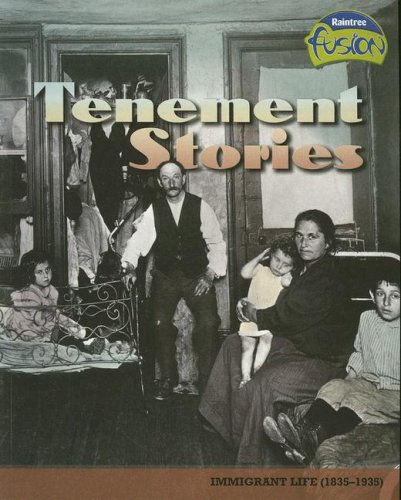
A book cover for Tenement Stories: Immigrant Life (1835-1935) (American History Through Primary Sources); Sean Price; Children's Books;